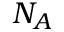
N _ { A }